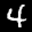
Label: 4